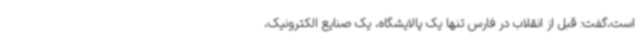
است،گفت: قبل از انقلاب در فارس تنها یک پالایشگاه، یک صنایع الکترونیک،